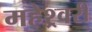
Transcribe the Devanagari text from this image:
महेश्र्वरी